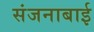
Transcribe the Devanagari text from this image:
संजनाबाई